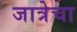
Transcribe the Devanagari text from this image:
जात्रेचा